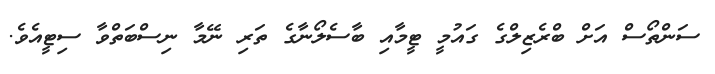
ސަންތޯސް އަށް ބްރެޒިލްގެ ގައުމީ ޓީމާއި ބާސެލޯނާގެ ތަރި ނޭމާ ނިސްބަތްވާ ސިޓީއެވެ.